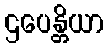
ဌပေန္တိယာ